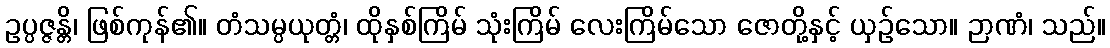
ဥပ္ပဇ္ဇန္တိ၊ ဖြစ်ကုန်၏။ တံသမ္ပယုတ္တံ၊ ထိုနှစ်ကြိမ် သုံးကြိမ် လေးကြိမ်သော ဇောတို့နှင့် ယှဉ်သော။ ဉာဏံ၊ သည်။